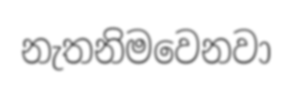
නැතනිමවෙනවා